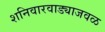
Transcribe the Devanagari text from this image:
शनिवारवाड्याजवळ